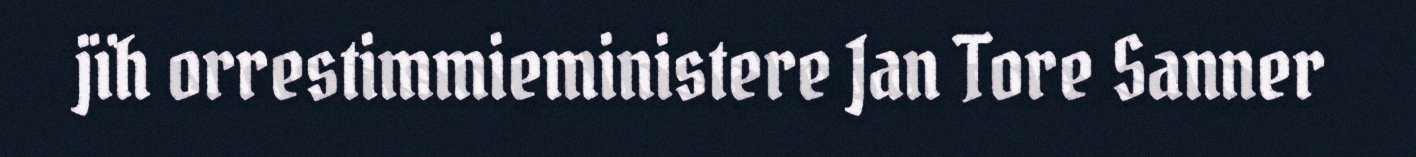
jïh orrestimmieministere Jan Tore Sanner